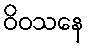
ဝိဝသနေ